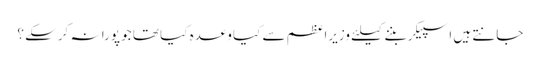
جانتے ہیں اسپیکر بننے کیلئے وزیراعظم سے کیا وعدہ کیا تھا جو پورا نہ کرسکے ؟